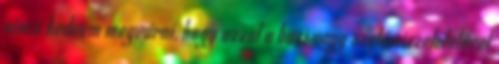
nincs kedvem megvárni, hogy azzal a bazi nagy szalámiszeletelővel